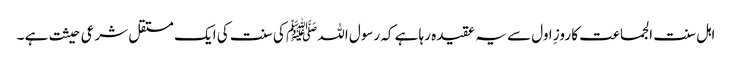
اہل سنت الجماعت کا روزِ اول سے یہ عقیدہ رہا ہے کہ رسول اللہ ﷺ کی سنت کی ایک مستقل شرعی حیثت ہے ۔